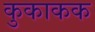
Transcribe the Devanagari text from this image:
कुकाकक